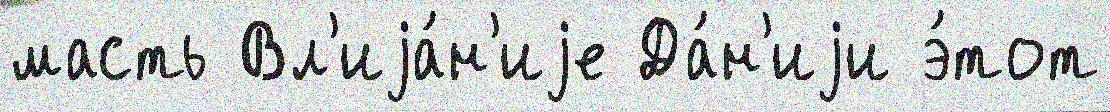
масть Вл'иjа́н'иjе Да́н'иjи э́тот